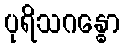
ပုရိသဂန္ဓော